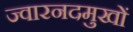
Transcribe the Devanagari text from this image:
ज्वारनदमुखों